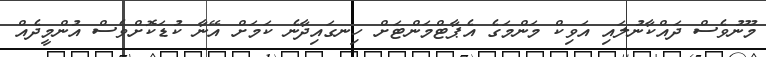
މޫނުވެސް ދައްކާނުލައި އަވިކް މަންމަގެ އެޕާޓްމަންޓަށް ހިނގައިދާނެ ކަމަށް އޭނާ ކުޑަކޮށްވެސް އުންމީދެއް